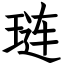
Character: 琏